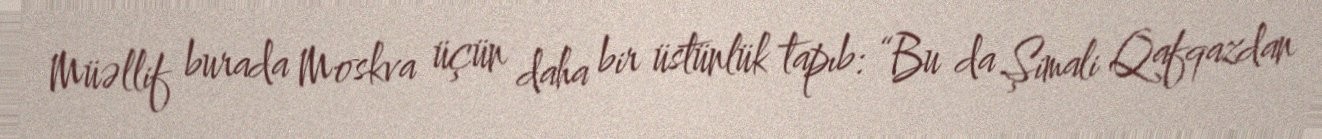
Müəllif burada Moskva üçün daha bir üstünlük tapıb: “Bu da Şimali Qafqazdan